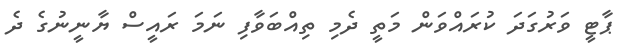
ޕާޓީ ވަރުގަދަ ކުރައްވަން މަތީ ދެމި ތިއްބަވާފި ނަމަ ރައީސް ޔާނީނުގެ ދެ